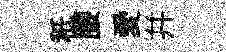
秪腰愛幷